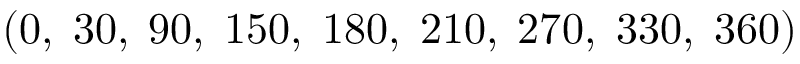
( 0 , \; 3 0 , \; 9 0 , \; 1 5 0 , \; 1 8 0 , \; 2 1 0 , \; 2 7 0 , \; 3 3 0 , \; 3 6 0 )